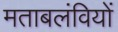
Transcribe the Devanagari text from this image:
मताबलंवियों